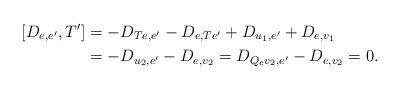
LaTeX: \begin{align*}[D_{e,e'},T'] &= -D_{Te,e'}-D_{e,Te'} +D_{u_1,e'} + D_{e,v_1} \\&= -D_{u_2,e'} - D_{e,v_2}= D_{Q_ev_2,e'}-D_{e,v_2}=0.\end{align*}